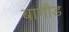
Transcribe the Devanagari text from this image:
बागौड